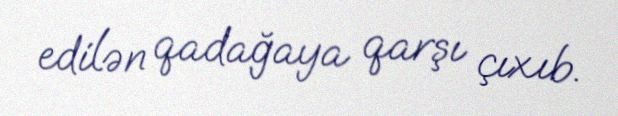
edilən qadağaya qarşı çıxıb.